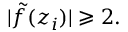
| { \tilde { f } } ( z _ { i } ) | \geqslant 2 .